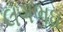
લગભઘ